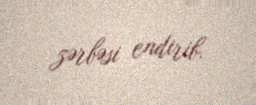
zərbəsi endirib.